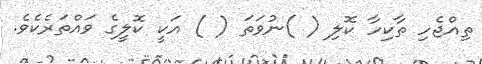
ތިއްޖެހި ތާކިހާ ކޮލި ( )ނުވަތަ ( ) އަކީ ކޮލީގެ ވައްތަރެކެވެ.